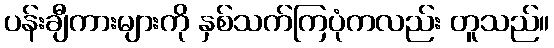
ပန်းချီကားများကို နှစ်သက်ကြပုံကလည်း တူသည်။